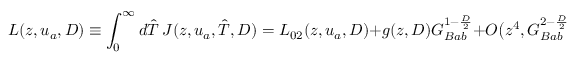
L ( z , u _ { a } , D ) \equiv \int _ { 0 } ^ { \infty } d \hat { T } \, J ( z , u _ { a } , \hat { T } , D ) = L _ { 0 2 } ( z , u _ { a } , D ) + g ( z , D ) G _ { B a b } ^ { 1 - { \frac { D } { 2 } } } + O \bigl ( z ^ { 4 } , G _ { B a b } ^ { 2 - { \frac { D } { 2 } } } \bigr ) \nonumber \,